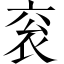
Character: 衮